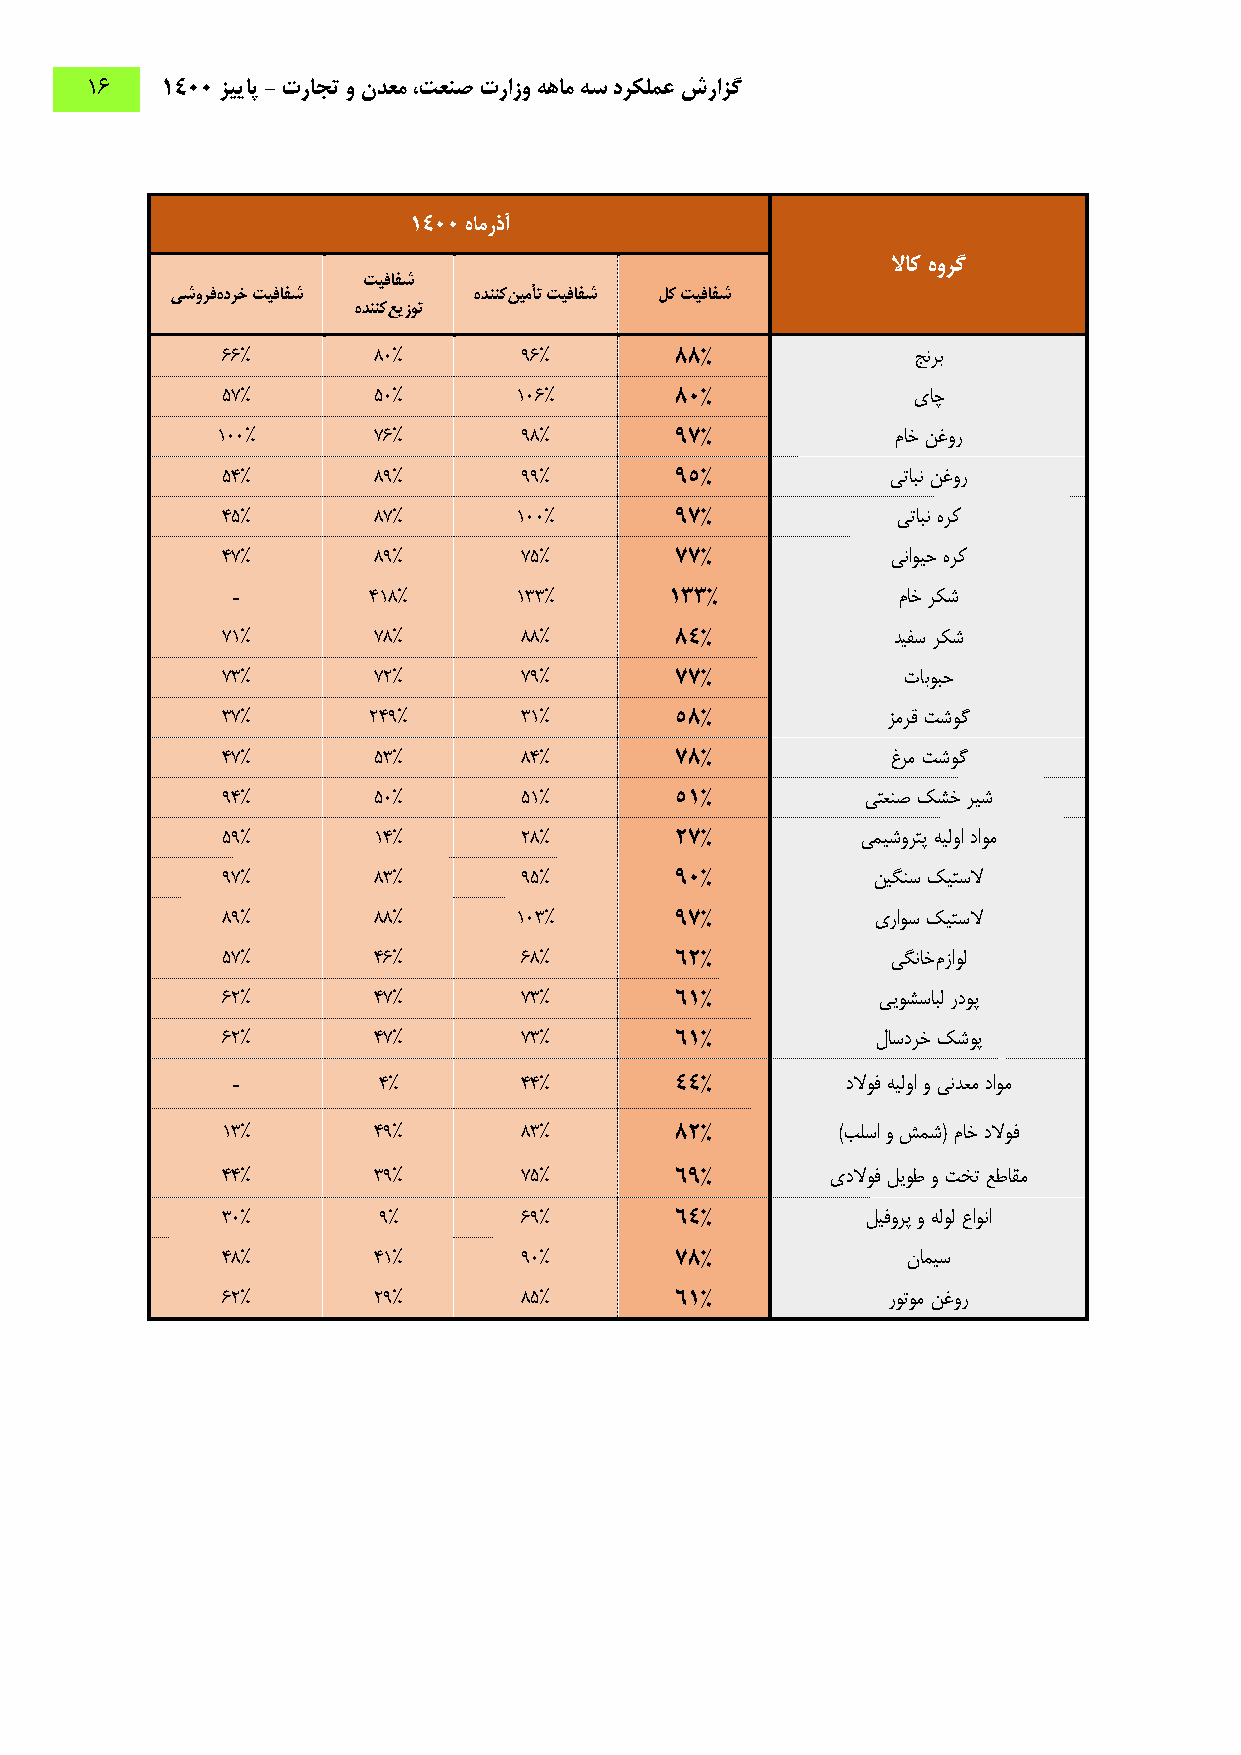
16   1400 زییاپ - تراجت و ندعم ،تعنص ترازو ههام هس درکلمع شرازگ
 1400 هامرذآ
 لااک هورگ
 تیفافش
 یشورفهدرخ تیفافش    هدننکنیمأت تیفافش لک تیفافش
 هدننکعیزوت
 66%       80%      96%        88%            جنرب
 57%       50%      106%       80%            یاچ
 100%       76%      98%        97%           ماخ نغور
 54%       89%      99%        95%           یتابن نغور
 45%       87%      100%       97%           یتابن هرک
 47%       89%      75%        77%           یناویح هرک
 -        418%      133%      133%           ماخ رکش
 71%       78%      88%        84%           دیفس رکش
 73%       72%      79%        77%            تابوبح
 37%      249%      31%        58%           زمرق تشوگ
 47%       53%      84%        78%           غرم تشوگ
 94%       50%      51%        51%         یتعنص کشخ ریش
 59%       14%      28%        27%         یمیشورتپ هیلوا داوم
 97%       83%      95%        90%          نیگنس کیتسلا
 89%       88%      103%       97%          یراوس کیتسلا
 57%       46%      68%        62%           یگناخمزاول
 62%       47%      73%        61%          ییوشسابل ردوپ
 62%       47%      73%        61%          لاسدرخ کشوپ
 -         4%       44%        44%        دلاوف هیلوا و یندعم داوم
 13%       49%      83%        82%       )بلسا و شمش( ماخ دلاوف
 44%       39%      75%        69%       یدلاوف لیوط و تخت عطاقم
 30%       9%       69%        64%         لیفورپ و هلول عاونا
 48%       41%      90%        78%            نامیس
 62%       29%      85%        61%           روتوم نغور